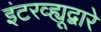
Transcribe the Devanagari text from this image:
इंटरव्ह्यूद्वारे